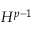
H ^ { p - 1 }